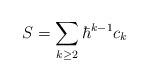
LaTeX: \begin{align*}S = \sum_{k \geq 2} \hbar^{k-1} c_k\end{align*}